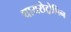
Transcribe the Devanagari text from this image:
थायरोट्रोपिन